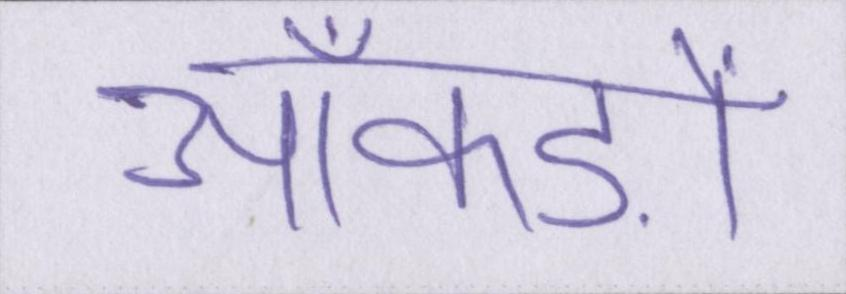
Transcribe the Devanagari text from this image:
आँकड़ों